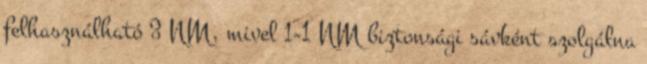
felhasználható 3 NM, mivel 1-1 NM biztonsági sávként szolgálna